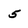
Character: 5